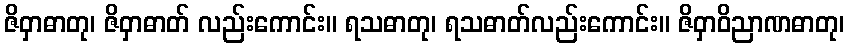
ဇိဝှာဓာတု၊ ဇိဝှာဓာတ် လည်းကောင်း။ ရသဓာတု၊ ရသဓာတ်လည်းကောင်း။ ဇိဝှာဝိညာဏဓာတု၊